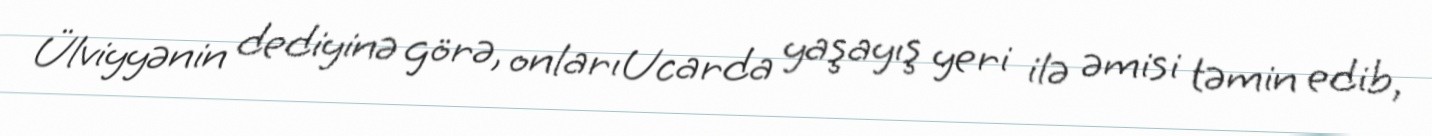
Ülviyyənin dediyinə görə, onları Ucarda yaşayış yeri ilə əmisi təmin edib,